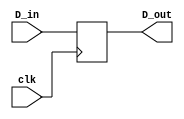

module D_FF
(
    input D_in, clk, 
    output reg D_out
);
always @(posedge clk ) begin
    D_out<=D_in;
end

endmodule